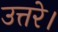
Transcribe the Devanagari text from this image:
उत्तरे।